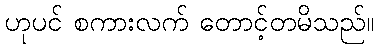
ဟုပင် စကားလက် တောင့်တမိသည်။